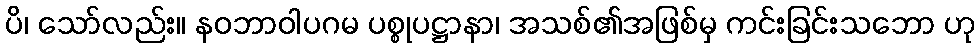
ပိ၊ သော်လည်း။ နဝဘာဝါပဂမ ပစ္စုပဋ္ဌာနာ၊ အသစ်၏အဖြစ်မှ ကင်းခြင်းသဘော ဟု